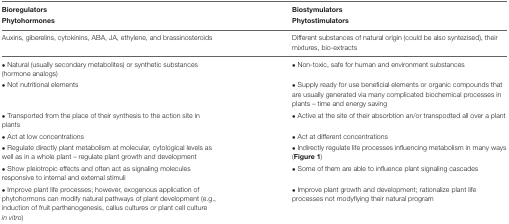
<table><thead><tr><td><b>Bioregulators</b></td><td><b>Biostymulators</b></td></tr><tr><td><b>Phytohormones</b></td><td><b>Phytostimulators</b></td></tr></thead><tbody><tr><td>Auxins, giberelins, cytokinins, ABA, JA, ethylene, and brassinosteroids</td><td>Different substances of natural origin (could be also syntezised), their mixtures, bio-extracts</td></tr><tr><td>• Natural (usually secondary metabolites) or synthetic substances (hormone analogs)</td><td>• Non-toxic, safe for human and environment substances</td></tr><tr><td>• Not nutritional elements</td><td>• Supply ready for use beneficial elements or organic compounds that are usually generated via many complicated biochemical processes in plants – time and energy saving</td></tr><tr><td>• Transported from the place of their synthesis to the action site in plants</td><td>• Active at the site of their absorbtion an/or transpodted all over a plant</td></tr><tr><td>• Act at low concentrations</td><td>• Act at different concentrations</td></tr><tr><td>• Regulate directly plant metabolism at molecular, cytological levels as well as in a whole plant – regulate plant growth and development</td><td>• Indirectly regulate life processes influencing metabolism in many ways (<b>Figure 1</b>)</td></tr><tr><td>• Show pleiotropic effects and often act as signaling molecules responsive to internal and external stimuli</td><td>• Some of them are able to influence plant signaling cascades</td></tr><tr><td>• Improve plant life processes; however, exogenous application of phytohormons can modify natural pathways of plant development (e.g., induction of fruit parthenogenesis, callus cultures or plant cell culture <i>in vitro</i>)</td><td>• Improve plant growth and development; rationalize plant life processes not modyfiying their natural program</td></tr></tbody></table>